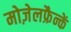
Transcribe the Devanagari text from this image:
मोज़ेलफ्रैन्कें